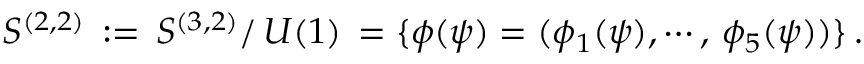
S ^ { ( 2 , 2 ) } \, : = \, S ^ { ( 3 , 2 ) } / \, U ( 1 ) \, = \{ \phi ( \psi ) = ( \phi _ { 1 } ( \psi ) , \cdots , \, \phi _ { 5 } ( \psi ) ) \} \, .